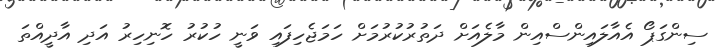
ސިންގަޕޯ އެއާލައިންސްއިން މާލެއަށް ދަތުރުކުރުމަށް ހަމަޖެހިފައި ވަނީ ހުކުރު ހޮނިހިރު އަދި އާދީއްތަ